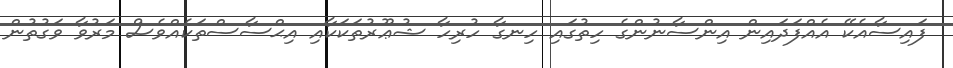
ފައިސާއެކޭ އެއްފަދައިން އިންސާނުންގެ ހިތުގައި ހިނގާ ހުރިހާ ޝުޢޫރުތަކަކާއި އިޙްސާސްތަކެއްވެސް މަރުވާ ވަގުތުން